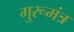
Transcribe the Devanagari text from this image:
गुरूमंत्र